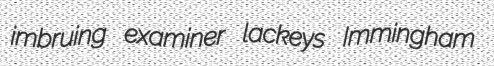
imbruing examiner lackeys Immingham